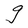
Character: g